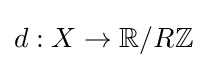
d:X\to \mathbb {R} /R\mathbb {Z}